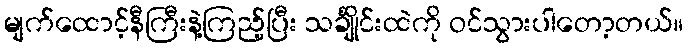
မျက်ထောင့်နီကြီးနဲ့ကြည့်ပြီး သင်္ချိုင်းထဲကို ဝင်သွားပါတော့တယ်။